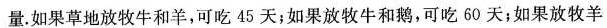
量。如果草地放牧牛和羊，可吃45天；如果放牧牛和鹅，可吃60天；如果放牧羊